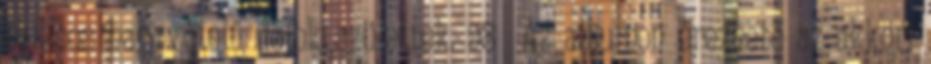
bluesos hangvételű dalok születtek. 98 Az albumon érezhető az akkori